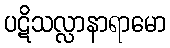
ပဋိသလ္လာနာရာမော